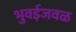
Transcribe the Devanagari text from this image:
भुवईजवळ